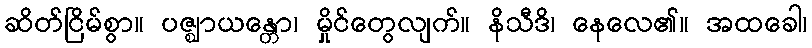
ဆိတ်ငြိမ်စွာ။ ပဇ္ဈာယန္တော၊ မှိုင်တွေလျက်။ နိသီဒိ၊ နေလေ၏။ အထခေါ၊